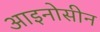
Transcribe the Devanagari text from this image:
आइनोसीन